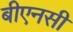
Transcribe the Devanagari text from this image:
बीएनसी